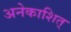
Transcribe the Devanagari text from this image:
अनेकाशित्‌